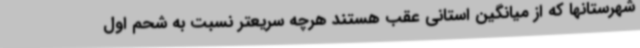
شهرستانها که از میانگین استانی عقب هستند هرچه سریعتر نسبت به شحم اول